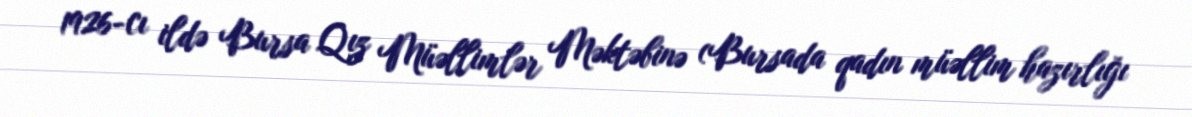
1926-cı ildə Bursa Qız Müəllimlər Məktəbinə (Bursada qadın müəllim hazırlığı